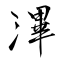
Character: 滭